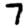
Digit: 7